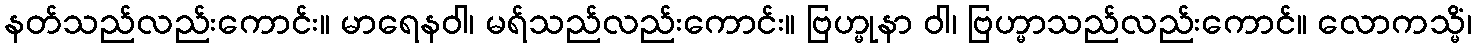
နတ်သည်လည်းကောင်း။ မာရေနဝါ၊ မရ်သည်လည်းကောင်း။ ဗြဟ္မုနာ ဝါ၊ ဗြဟ္မာသည်လည်းကောင်။ လောကသ္မိံ၊